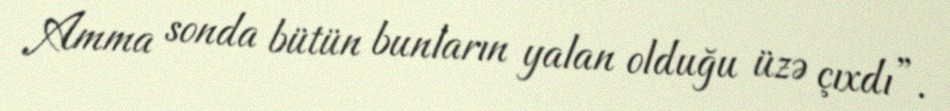
Amma sonda bütün bunların yalan olduğu üzə çıxdı”.